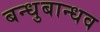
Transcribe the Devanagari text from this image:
बन्धुबान्धव